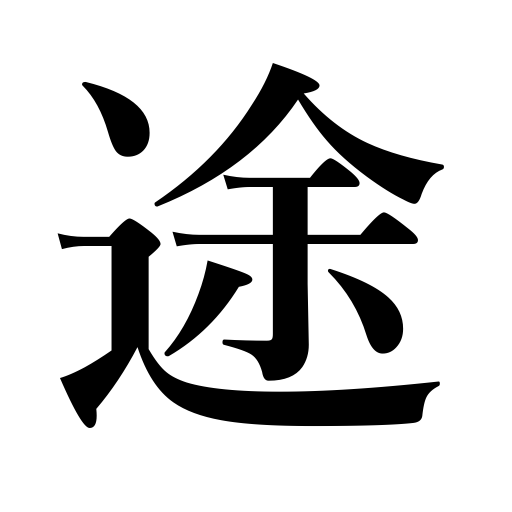
Meanings: road,way